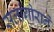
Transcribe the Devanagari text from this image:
सलांगोराने